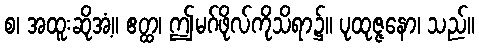
စ၊ အထူးဆိုအံ့။ ဧတ္ထ၊ ဤမဂ်ဖိုလ်ကိုသိရာ၌။ ပုထုဇ္ဇနော၊ သည်။